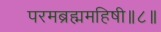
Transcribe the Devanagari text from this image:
परमब्रह्ममहिषी॥८॥